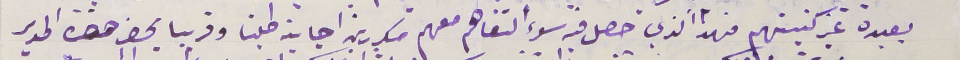
يعيده غير كنيستهم فهذا الذي حصل فيه سوء التفاهم معهم مكررين اجابة طلبنا وقريبا يحضر حضرة المدير